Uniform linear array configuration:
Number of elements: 32
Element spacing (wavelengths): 1
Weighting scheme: hamming
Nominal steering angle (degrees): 45
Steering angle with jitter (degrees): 43.023
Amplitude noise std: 0.05
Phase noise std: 0.05

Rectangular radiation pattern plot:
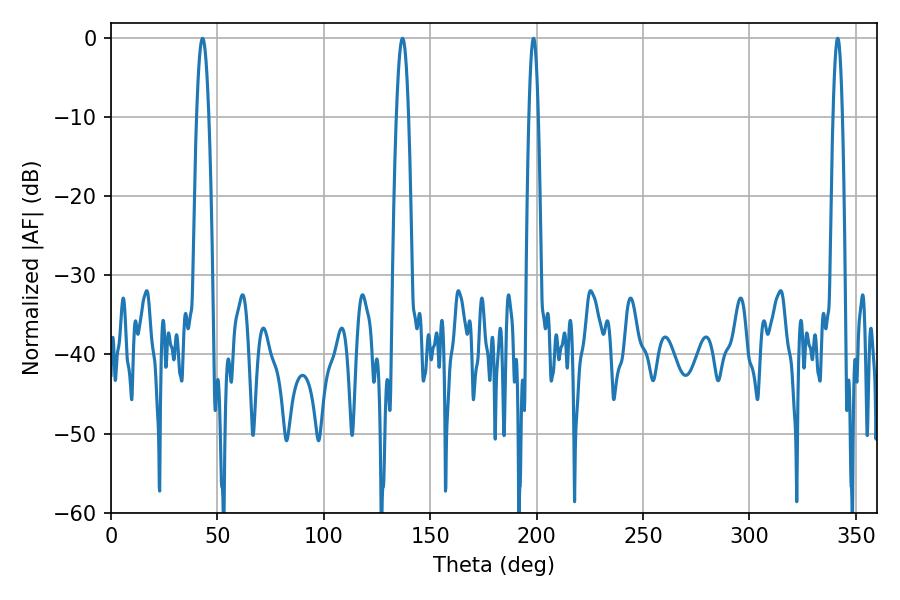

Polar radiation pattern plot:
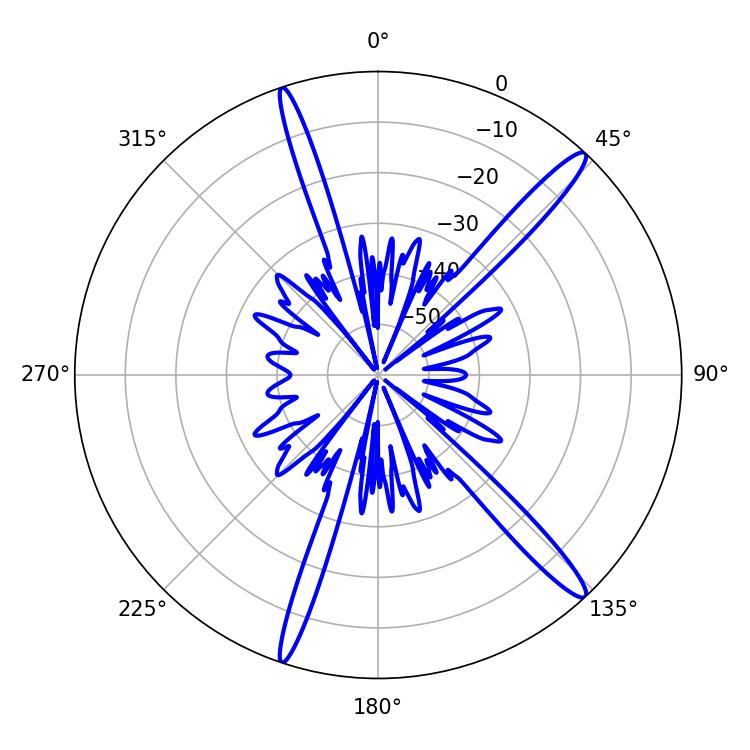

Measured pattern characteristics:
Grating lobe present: TRUE
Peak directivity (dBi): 15.816
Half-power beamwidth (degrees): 3.24
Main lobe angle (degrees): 43.02